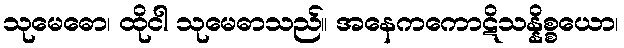
သုမေဓော၊ ထိုငါ သုမေဓာသည်။ အနေကကောဋိသန္နိစ္စယော၊